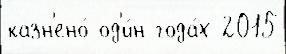
казн'ено́ од'и́н года́х 2015